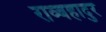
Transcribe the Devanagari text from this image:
राव्बहादुर